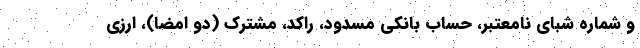
و شماره شبای نامعتبر، حساب بانکی مسدود، راکد، مشترک (دو امضا)، ارزی